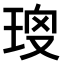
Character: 𤥱